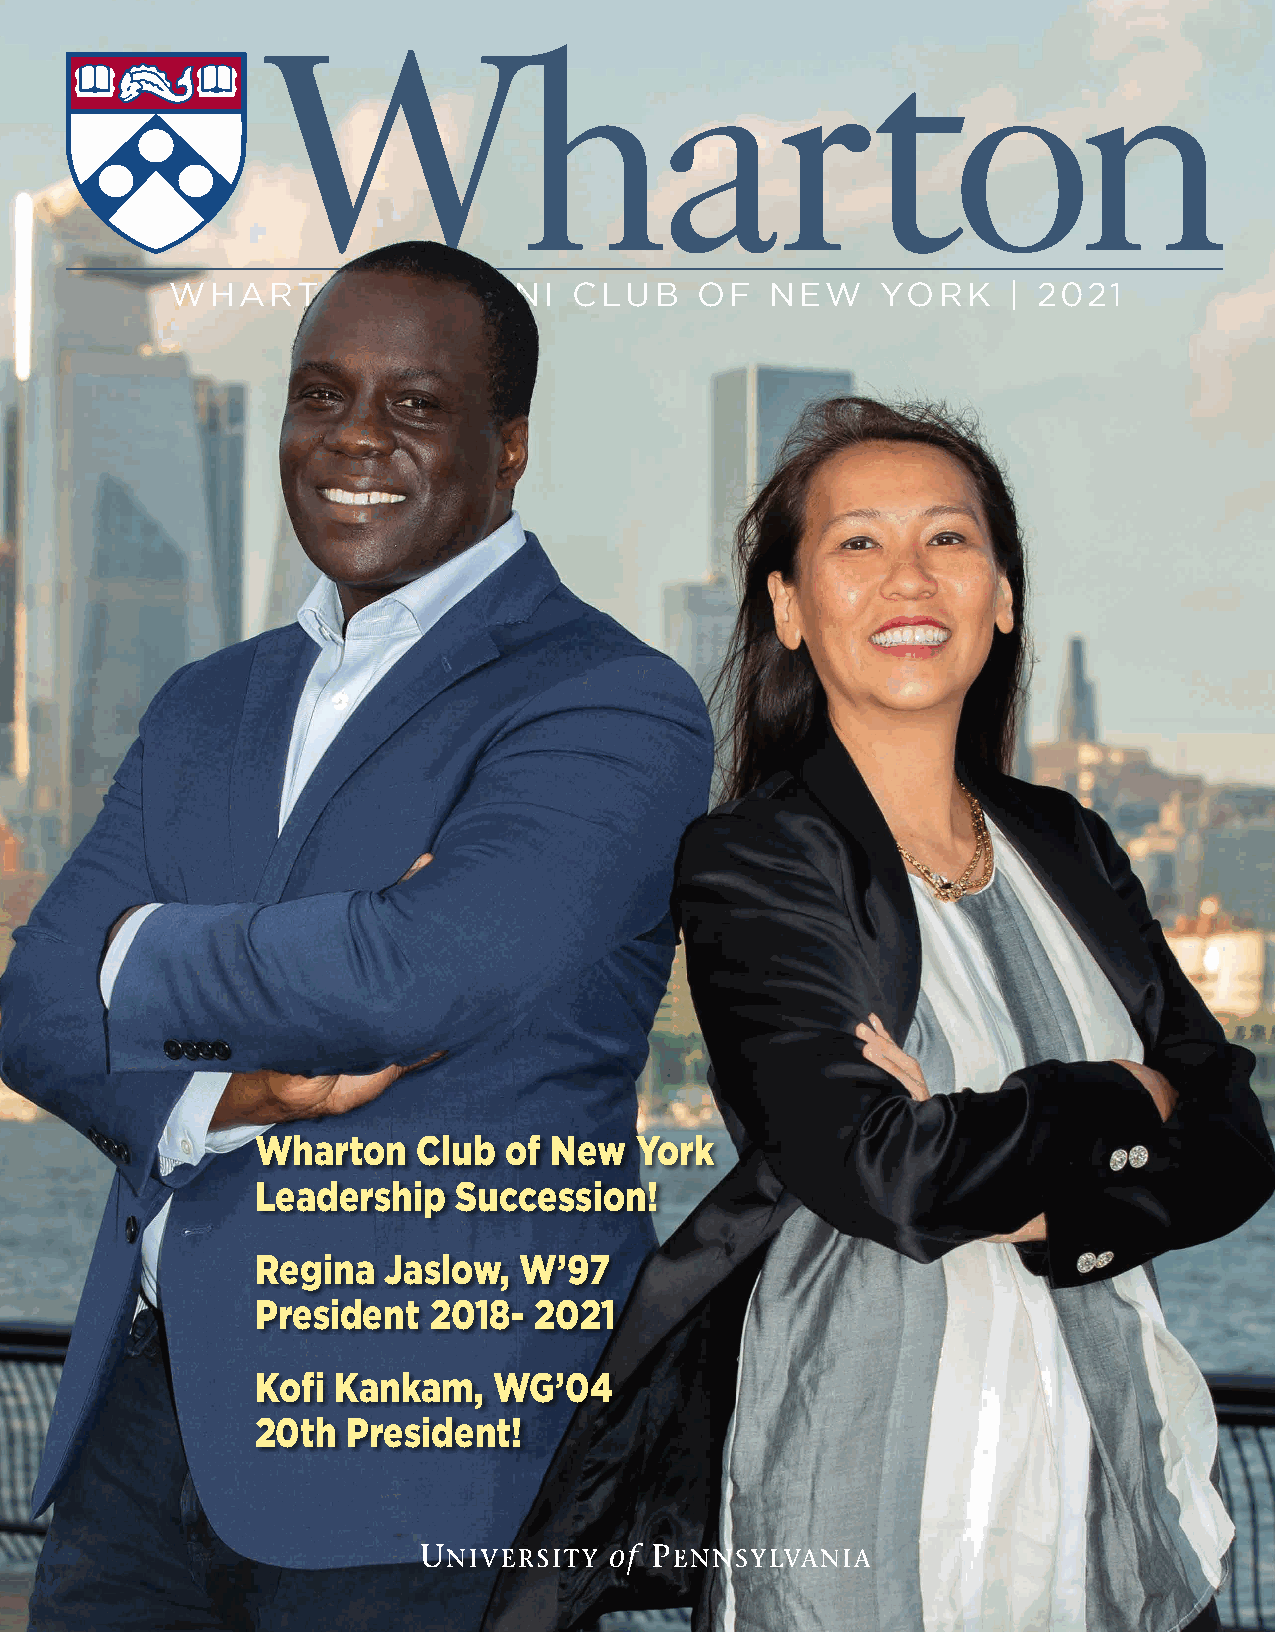
WHARTON        ALUMNI      CLUB    OF   NEW    YORK     | 2021
 Wharton    Club of New   York
 Leadership   Succession!
 Regina  Jaslow,  W’97
 President  2018-  2021
 Kofi Kankam,    WG’04
 20th  President!